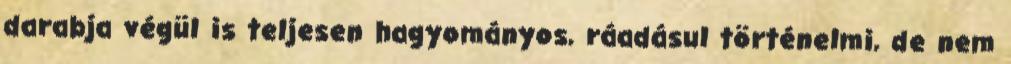
darabja végül is teljesen hagyományos, ráadásul történelmi, de nem